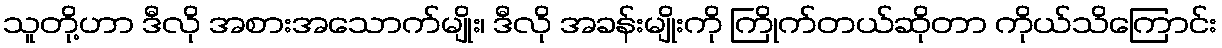
သူတို့ဟာ ဒီလို အစားအသောက်မျိုး၊ ဒီလို အခန်းမျိုးကို ကြိုက်တယ်ဆိုတာ ကိုယ်သိကြောင်း